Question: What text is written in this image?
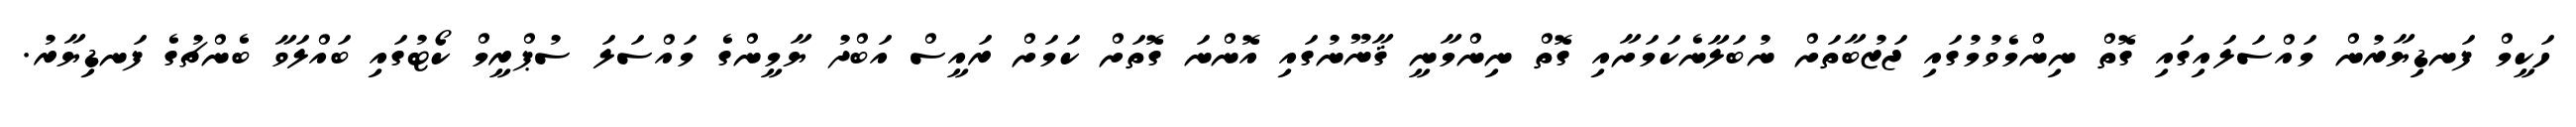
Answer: ހަކީމް ފަނޑިޔާރުން މައްސަލައިގައި ގޮތް ނިންމެވުމުގައި ޖަޒުބާތަށް ނުބަލާނެކަމަށާއި ގޮތް ނިންމާނީ ޤާނޫނުގައި އޮންނަ ގޮތަށް ކަމަށް ރައީސް އަބްދު ޔާމީންގެ މައްސަލަ ސުޕްރީމް ކޯޓުގައި ބައްލަވާ ބެންޗުގެ ފަނޑިޔާރު.